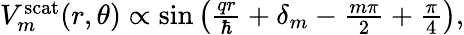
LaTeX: \begin{array}{r}{V_{m}^{\mathrm{scat}}(r,\theta)\propto\sin\left(\frac{qr}{\hbar}+\delta_{m}-\frac{m\pi}{2}+\frac{\pi}{4}\right),}\end{array}